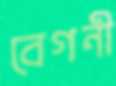
বেগনী